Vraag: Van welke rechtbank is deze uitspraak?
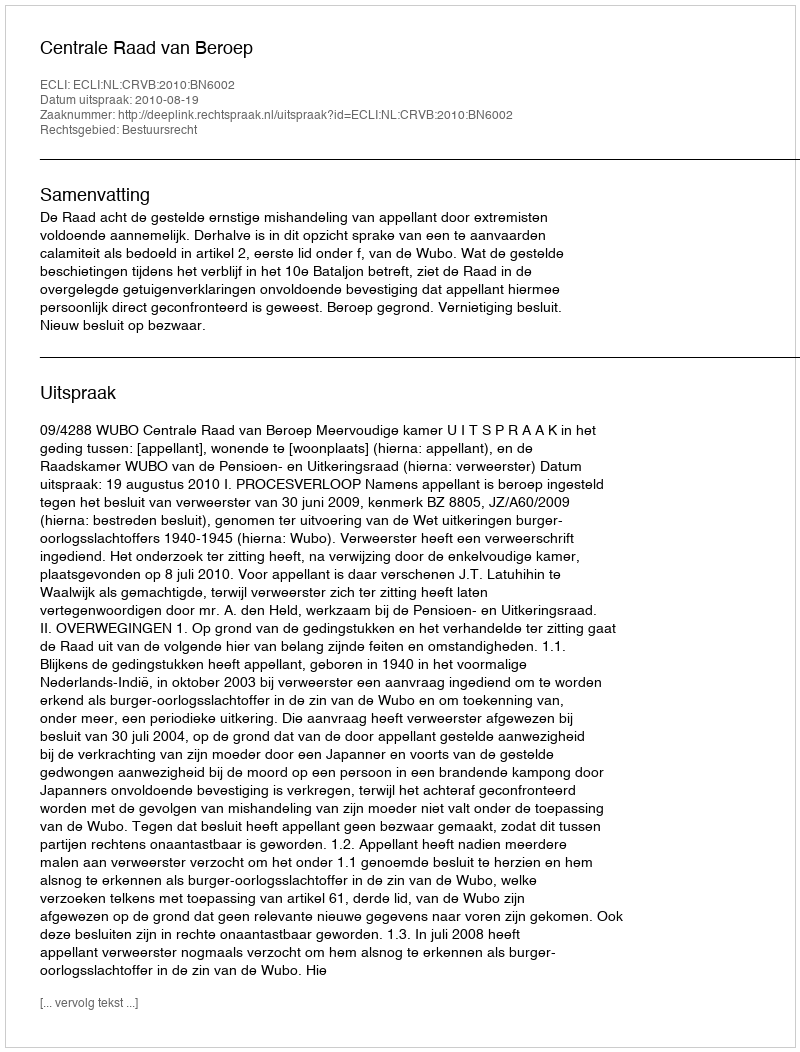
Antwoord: Centrale Raad van Beroep